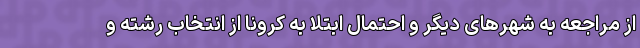
از مراجعه به شهرهای دیگر و احتمال ابتلا به کرونا از انتخاب رشته و